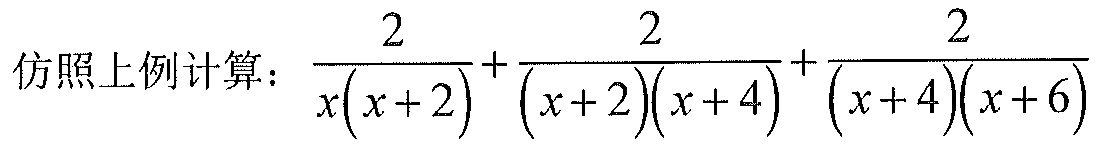
仿照上例计算：\(\frac{2}{x(x + 2)}+\frac{2}{(x + 2)(x + 4)}+\frac{2}{(x + 4)(x + 6)}\)